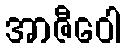
အာဇီဝေါ